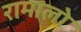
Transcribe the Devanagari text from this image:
रामालो